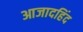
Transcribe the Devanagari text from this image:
आजादहिंद